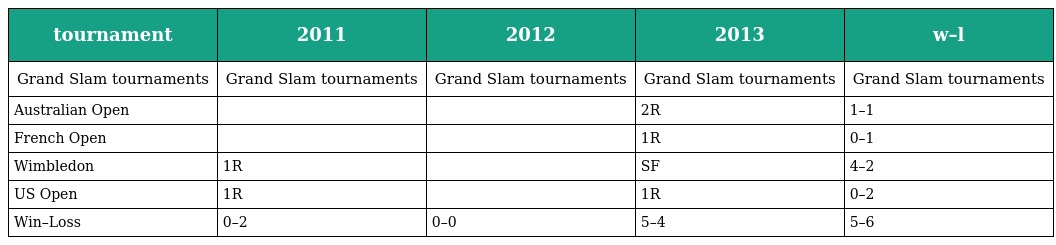
| tournament | 2011 | 2012 | 2013 | w–l |
 | --- | --- | --- | --- | --- |
 | Grand Slam tournaments | Grand Slam tournaments | Grand Slam tournaments | Grand Slam tournaments | Grand Slam tournaments |
 | Australian Open |  |  | 2R | 1–1 |
 | French Open |  |  | 1R | 0–1 |
 | Wimbledon | 1R |  | SF | 4–2 |
 | US Open | 1R |  | 1R | 0–2 |
 | Win–Loss | 0–2 | 0–0 | 5–4 | 5–6 |